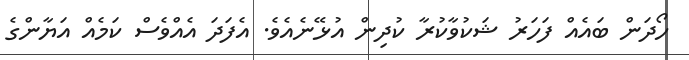
ހޯދަން ބައެއް ފަހަރު ޝަކުވާކުރާ ކުދިން އުޅޭނެއެވެ. އެފަދަ އެއްވެސް ކަމެއް އަޔާންގެ